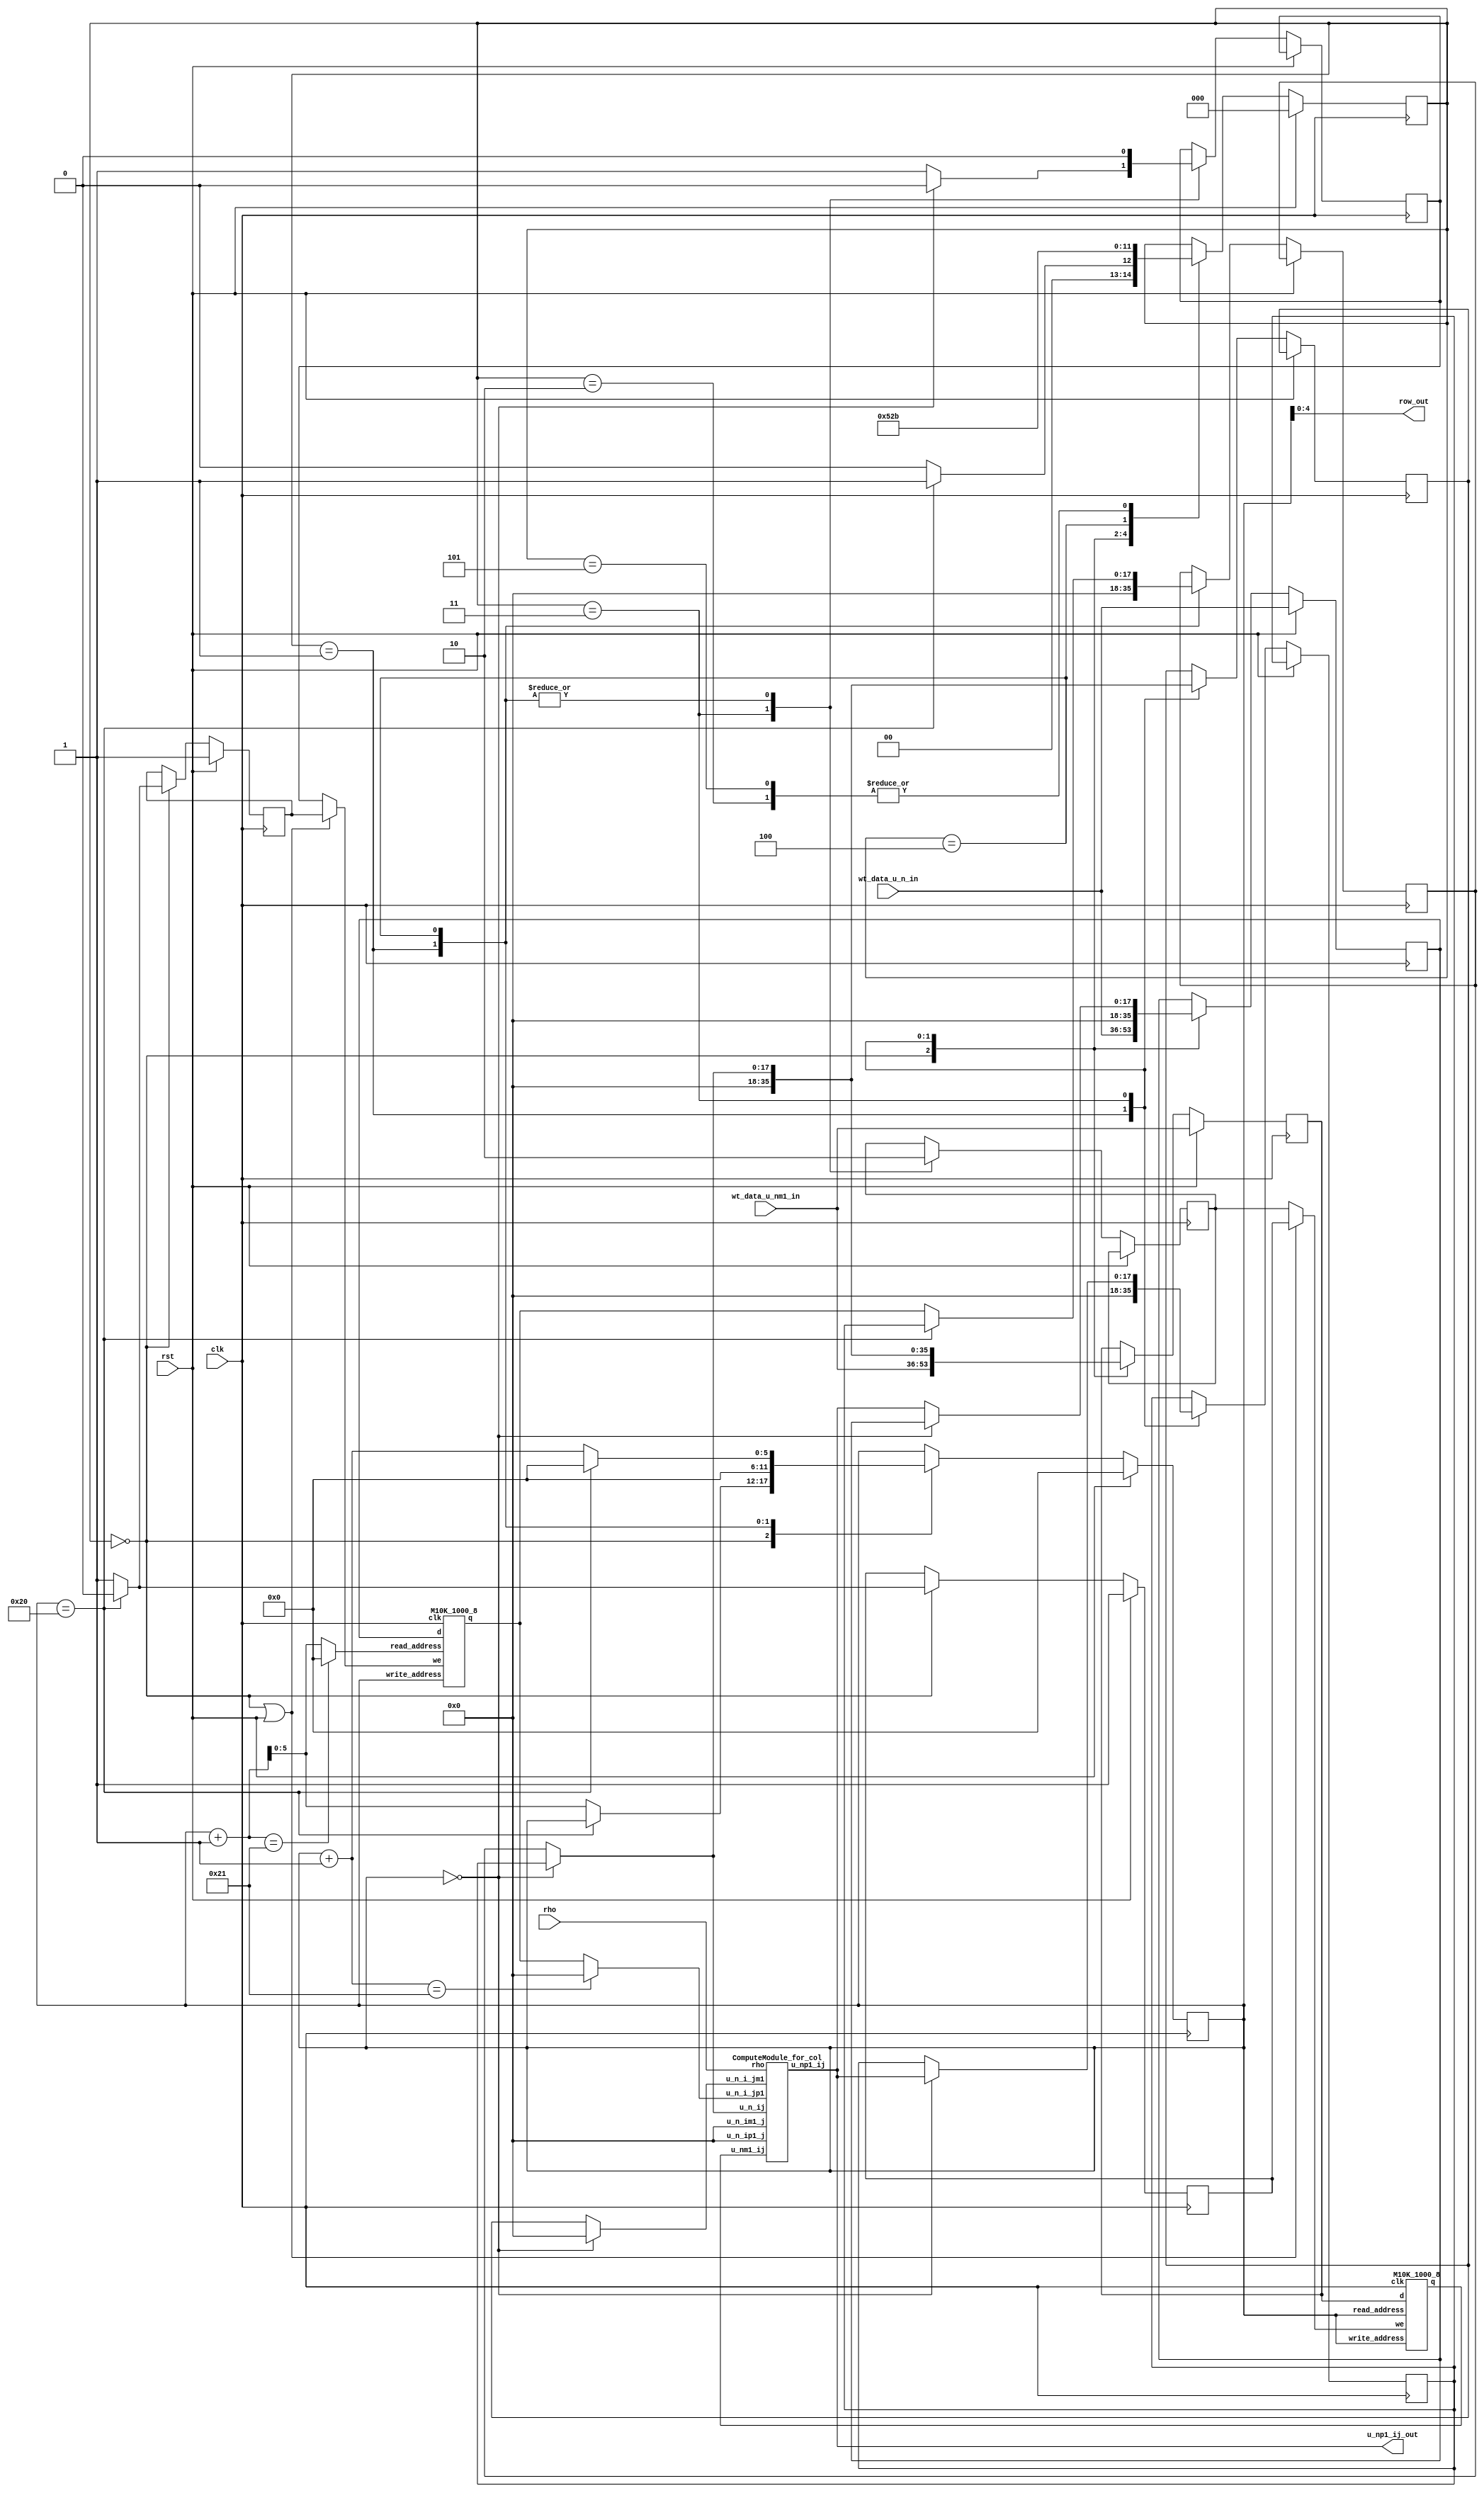
module column_simulation(
    clk,
    rst,

     row_out,
     wt_data_u_n_in,
     wt_data_u_nm1_in,
    rho,
    u_np1_ij_out
);
    input clk;
    input rst;
    input [17:0] rho;
    output [4:0] row_out;
    input signed [17:0] wt_data_u_n_in;
    input signed [17:0] wt_data_u_nm1_in;
    output signed [17:0] u_np1_ij_out;
    parameter [5:0] NUM_ROW = 6'd33;
   
    wire signed [17:0] u_np1_ij;
    wire signed [17:0] u_nm1_ij;
    wire signed [17:0] u_n_ijp1;

    reg [5:0] row; //we only have one column right so we traverse the rows
    reg signed [17:0] wt_data_u_n;
    reg signed [17:0] wt_data_u_nm1;
    reg signed [17:0] in_wt_data_u_n;
    reg signed [17:0] in_wt_data_u_nm1;
    reg signed [17:0] u_n_bot;
    reg signed [17:0] u_n_ij;
    reg signed [17:0] u_n_ijm1;
    reg we_un;
    reg we_unm1;

    assign row_out = row;
    //assign the output amplitude
    assign u_np1_ij_out = u_np1_ij;

    //implementation of the ComputeModule
    wire signed [17:0] input_u_n_ij;
    wire signed [17:0] input_u_n_i_jm1;
    wire signed [17:0] input_u_n_i_jp1;

    assign input_u_n_ij    [17:0] = (row == 18'b0)          ? u_n_bot : u_n_ij;
    assign input_u_n_i_jm1 [17:0] = (row == 18'b0)          ? 18'b0   : u_n_ijm1;
    assign input_u_n_i_jp1 [17:0] = (row + 6'b1 == NUM_ROW) ? 18'b0   : u_n_ijp1;
    

    ComputeModule_for_col compute_start (.u_n_ij(input_u_n_ij), 
                                         .u_nm1_ij(u_nm1_ij), 
                                         .u_n_im1_j(18'b0), 
                                         .u_n_i_jm1(input_u_n_i_jm1), 
                                         .u_n_ip1_j(18'b0), 
                                         .u_n_i_jp1(input_u_n_i_jp1), 
                                         .rho(rho),
                                         .u_np1_ij(u_np1_ij)  
                                         );

    //implementation of the FSM
    parameter [2:0] INITIAL_MEM = 3'b000;
    parameter [2:0] INITIAL     = 3'b001;
    parameter [2:0] WAIT        = 3'b010;
    parameter [2:0] WRITE       = 3'b011;
    parameter [2:0] SHIFT       = 3'b100;
    parameter [2:0] WAIT_2      = 3'b101;

    //instantiation of the memory blocks
    wire[5:0] rd_addr;
    reg ini_we_un;
    reg ini_we_unm1;
    assign rd_addr = (row+1 == NUM_ROW) ? 5'b0 : row + 1;
    
    reg [2:0] state;
    wire input_we_un;
    wire input_we_unm1;
    
    //choose write enable signal between the initialization phase and process phase
    assign input_we_un   = (state == INITIAL_MEM || rst == 1)?ini_we_un   : we_un;
    assign input_we_unm1 = (state == INITIAL_MEM || rst == 1)?ini_we_unm1 : we_unm1;

    M10K_1000_8 un (.q(u_n_ijp1),
                    .d(in_wt_data_u_n),
                    .write_address(row),
                    .read_address(rd_addr), //read the next one
                    .we(input_we_un),
                    .clk(clk)
                    );

    M10K_1000_8 un_1 (.q(u_nm1_ij),
                      .d(in_wt_data_u_nm1),
                      .write_address(row),
                      .read_address(row), //read the current one
                      .we(input_we_unm1),
                      .clk(clk)
                      );

    always@(posedge clk)begin
        if(rst)begin
            state <= INITIAL_MEM;
            row <= 0;
            in_wt_data_u_n <= wt_data_u_n_in;
            in_wt_data_u_nm1 <= wt_data_u_nm1_in;
            ini_we_un <= 1;
            ini_we_unm1 <= 1;
        end else begin
            case(state)
                INITIAL_MEM:begin
                    row <= (row == NUM_ROW - 1)? row : row + 1;
                    in_wt_data_u_n <= wt_data_u_n_in;
                    in_wt_data_u_nm1 <= wt_data_u_nm1_in;
                    ini_we_un <= (row == NUM_ROW - 1)? 0: 1;
                    ini_we_unm1 <= (row == NUM_ROW - 1)? 0: 1;
                    state <= (row == NUM_ROW - 1) ? INITIAL:INITIAL_MEM;
                end
                INITIAL:begin
                    //reset to the row 0
                    row           <= 0;
                    in_wt_data_u_n   <= 18'b0;
                    in_wt_data_u_nm1 <= 18'b0;
                    u_n_bot       <= 18'b0;
                    u_n_ij        <= 18'b0;
                    u_n_ijm1      <= 18'b0;
                    we_un         <= 0;
                    we_unm1       <= 0;
                    state         <= WAIT;
                end
                WAIT:begin
                    //waiting for the data read from the memory block
                    state <= WRITE;
                end
                WRITE:begin
                    //start writing to memory
                    //                               row 0  :  midlle rows and top row
                    in_wt_data_u_n   <= (row == 6'b0) ? in_wt_data_u_n : u_np1_ij ;
                    in_wt_data_u_nm1 <= (row == 6'b0) ? u_n_bot : u_n_ij;
                    u_n_ijm1      <= (row == 6'b0) ? u_n_bot : u_n_ij;
                    u_n_bot       <= (row == 6'b0) ? u_np1_ij: u_n_bot;
                    we_unm1       <= 1;
                    we_un         <= (row == 6'b0) ? 0 : 1;
                    state         <= SHIFT;
                end
                SHIFT:begin
                    //updating the un
                    u_n_ij  <= (row == NUM_ROW - 6'b1) ? u_n_bot : u_n_ijp1;
                    //reset the rows when reach the top row
                    row     <= (row == NUM_ROW - 6'b1) ? 6'b0 : row + 6'b1;
                    we_un   <= 0;
                    we_unm1 <= 0;
                    //start another traversal
                    state <= WAIT_2;
                end
                 WAIT_2:begin
                    //waiting for the data read from the memory block
                    state <= WRITE;
                end
            endcase
        end
    end

    // //Look-Up Table for the initialization of the memory blocks
    // always@(*)begin
    //     case(row)
    //         5'd0:begin
    //                     wt_data_u_n <= 18'b0_0_0000_0000_0000_0000;
    //                     wt_data_u_nm1 <= 18'b0_0_0000_0000_0000_0000;
    //                 end
    //         5'd1:begin
    //                     wt_data_u_n <= 18'b0_0_0000_0100_0000_0000;
    //                     wt_data_u_nm1 <= 18'b0_0_0000_0100_0000_0000;
    //                 end
    //         5'd2:begin
    //                     wt_data_u_n <= 18'b0_0_0000_1000_0000_0000;
    //                     wt_data_u_nm1 <= 18'b0_0_0000_1000_0000_0000;
    //                 end
    //         5'd3:begin
    //                     wt_data_u_n <= 18'b0_0_0000_1100_0000_0000;
    //                     wt_data_u_nm1 <= 18'b0_0_0000_1100_0000_0000;
    //                 end
    //         5'd4:begin
    //                     wt_data_u_n <= 18'b0_0_0001_0000_0000_0000;
    //                     wt_data_u_nm1 <= 18'b0_0_0001_0000_0000_0000;
    //                 end
    //         5'd5:begin
    //                     wt_data_u_n <= 18'b0_0_0001_0100_0000_0000;
    //                     wt_data_u_nm1 <= 18'b0_0_0001_0100_0000_0000;
    //                 end
    //         5'd6:begin
    //                     wt_data_u_n <= 18'b0_0_0001_1000_0000_0000;
    //                     wt_data_u_nm1 <= 18'b0_0_0001_1000_0000_0000;
    //                 end
    //         5'd7:begin
    //                     wt_data_u_n <= 18'b0_0_0001_1100_0000_0000;
    //                     wt_data_u_nm1 <= 18'b0_0_0001_1100_0000_0000;
    //                 end
    //         5'd8:begin
    //                     wt_data_u_n <= 18'b0_0_0010_0000_0000_0000;
    //                     wt_data_u_nm1 <= 18'b0_0_0010_0000_0000_0000;
    //                 end
    //         5'd9:begin
    //                     wt_data_u_n <= 18'b0_0_0010_0100_0000_0000;
    //                     wt_data_u_nm1 <= 18'b0_0_0010_0100_0000_0000;
    //                 end
    //         5'd10:begin
    //                     wt_data_u_n <= 18'b0_0_0010_1000_0000_0000;
    //                     wt_data_u_nm1 <= 18'b0_0_0010_1000_0000_0000;
    //                 end
    //         5'd11:begin
    //                     wt_data_u_n <= 18'b0_0_0010_1100_0000_0000;
    //                     wt_data_u_nm1 <= 18'b0_0_0010_1100_0000_0000;
    //                 end
    //         5'd12:begin
    //                     wt_data_u_n <= 18'b0_0_0011_0000_0000_0000;
    //                     wt_data_u_nm1 <= 18'b0_0_0011_0000_0000_0000;
    //                 end
    //         5'd13:begin
    //                     wt_data_u_n <= 18'b0_0_0011_0100_0000_0000;
    //                     wt_data_u_nm1 <= 18'b0_0_0011_0100_0000_0000;
    //                 end
    //         5'd14:begin
    //                     wt_data_u_n <= 18'b0_0_0011_1000_0000_0000;
    //                     wt_data_u_nm1 <= 18'b0_0_0011_1000_0000_0000;
    //                 end
    //         5'd15:begin
    //                     wt_data_u_n <= 18'b0_0_0011_1100_0000_0000;
    //                     wt_data_u_nm1 <= 18'b0_0_0011_1100_0000_0000;
    //                 end
    //         5'd16:begin
    //                     wt_data_u_n <= 18'b0_0_0100_0000_0000_0000;
    //                     wt_data_u_nm1 <= 18'b0_0_0100_0000_0000_0000;
    //                 end
    //         5'd17:begin
    //                     wt_data_u_n <= 18'b0_0_0011_1100_0000_0000;
    //                     wt_data_u_nm1 <= 18'b0_0_0011_1100_0000_0000;
    //                 end
    //         5'd18:begin
    //                     wt_data_u_n <= 18'b0_0_0011_1000_0000_0000;
    //                     wt_data_u_nm1 <= 18'b0_0_0011_1000_0000_0000;
    //                 end
    //         5'd19:begin
    //                     wt_data_u_n <= 18'b0_0_0011_0100_0000_0000;
    //                     wt_data_u_nm1 <= 18'b0_0_0011_0100_0000_0000;
    //                 end
    //         5'd20:begin
    //                     wt_data_u_n <= 18'b0_0_0011_0000_0000_0000;
    //                     wt_data_u_nm1 <= 18'b0_0_0011_0000_0000_0000;
    //                 end
    //         5'd21:begin
    //                     wt_data_u_n <= 18'b0_0_0010_1100_0000_0000;
    //                     wt_data_u_nm1 <= 18'b0_0_0010_1100_0000_0000;
    //                 end
    //         5'd22:begin
    //                     wt_data_u_n <= 18'b0_0_0010_1000_0000_0000;
    //                     wt_data_u_nm1 <= 18'b0_0_0010_1000_0000_0000;
    //                 end
    //         5'd23:begin
    //                     wt_data_u_n <= 18'b0_0_0010_0100_0000_0000;
    //                     wt_data_u_nm1 <= 18'b0_0_0010_0100_0000_0000;
    //                 end
    //         5'd24:begin
    //                     wt_data_u_n <= 18'b0_0_0010_0000_0000_0000;
    //                     wt_data_u_nm1 <= 18'b0_0_0010_0000_0000_0000;
    //                 end
    //         5'd25:begin
    //                     wt_data_u_n <= 18'b0_0_0001_1100_0000_0000;
    //                     wt_data_u_nm1 <= 18'b0_0_0001_1100_0000_0000;
    //                 end
    //         5'd26:begin
    //                     wt_data_u_n <= 18'b0_0_0001_1000_0000_0000;
    //                     wt_data_u_nm1 <= 18'b0_0_0001_1000_0000_0000;
    //                 end
    //         5'd27:begin
    //                     wt_data_u_n <= 18'b0_0_0001_0100_0000_0000;
    //                     wt_data_u_nm1 <= 18'b0_0_0001_0100_0000_0000;
    //                 end
    //         5'd28:begin
    //                     wt_data_u_n <= 18'b0_0_0001_0000_0000_0000;
    //                     wt_data_u_nm1 <= 18'b0_0_0001_0000_0000_0000;
    //                 end
    //         5'd29:begin
    //                     wt_data_u_n <= 18'b0_0_0000_1100_0000_0000;
    //                     wt_data_u_nm1 <= 18'b0_0_0000_1100_0000_0000;
    //                 end
    //         5'd30:begin
    //                     wt_data_u_n <= 18'b0_0_0000_1000_0000_0000;
    //                     wt_data_u_nm1 <= 18'b0_0_0000_1000_0000_0000;
    //                 end
    //         5'd31:begin
    //                     wt_data_u_n <= 18'b0_0_0000_0100_0000_0000;
    //                     wt_data_u_nm1 <= 18'b0_0_0000_0100_0000_0000;
    //                 end
    //         5'd32:begin
    //                     wt_data_u_n <= 18'b0_0_0000_0000_0000_0000;
    //                     wt_data_u_nm1 <= 18'b0_0_0000_0000_0000_0000;
    //                 end
    //         default:begin
    //             wt_data_u_n <= 18'b0_0_0000_0000_0000_0000;
    //             wt_data_u_nm1 <= 18'b0_0_0000_0000_0000_0000;
    //         end
    //     endcase
    // end


  
endmodule

module ComputeModule_for_col(
    u_n_ij, 
    u_nm1_ij, 
    u_n_im1_j, 
    u_n_i_jm1, 
    u_n_ip1_j, 
    u_n_i_jp1, 
    rho,
    u_np1_ij  
);

    input signed [17:0] u_n_ij;
    input signed [17:0] u_nm1_ij;
    input signed [17:0] u_n_im1_j; 
    input signed [17:0] u_n_i_jm1; 
    input signed [17:0] u_n_i_jp1; 
    input signed [17:0] u_n_ip1_j;  // Assuming 1.17 fixed 
    input [17:0] rho;
    output signed [17:0] u_np1_ij;  

    parameter ng_dt_2 = 18'b0_0_0000_0000_1000_0000; //2^(-10)

    wire [17:0] alpha;
    assign alpha = 18'b1_0_0000_0000_0000_0000 - ng_dt_2;   // 1 - (ng*dt)/2

    wire signed  [17:0] tmp1, tmp3;
    wire signed [17:0] rho_tmp1;
    wire signed [17:0] al_nm1ij;
    wire signed [17:0] al_tmp3;
   // reg signed  [17:0] un, un_1;

    assign tmp1 = (u_n_ip1_j - u_n_ij) + (u_n_im1_j - u_n_ij) + (u_n_i_jp1 - u_n_ij) + (u_n_i_jm1 - u_n_ij);
    assign tmp3 = (u_n_ij <<1) + rho_tmp1 - al_nm1ij;
    assign u_np1_ij = al_tmp3;

    //implementing the fix-point multiplier
    signed_mult mul_1 (.out(rho_tmp1), 
                       .a(rho),
                       .b(tmp1)
                       );

    signed_mult mul_2 (.out(al_nm1ij), 
                       .a(alpha),
                       .b(u_nm1_ij)
                       );
     
    signed_mult mul_3 (.out(al_tmp3),
                       .a(alpha),
                       .b(tmp3)
                       );

endmodule

//////////////////////////////////////////////////
//// signed mult of 1.17 format 2'comp////////////
//////////////////////////////////////////////////
module signed_mult (out, a, b);
	output 	signed  [17:0]	out;
	input 	signed	[17:0] 	a;
	input 	signed	[17:0] 	b;
	// intermediate full bit length
	wire 	signed	[35:0]	mult_out;
	assign mult_out = a * b;
	// select bits for 7.20 fixed point
	assign out = {mult_out[35], mult_out[33:17]};
endmodule

//============================================================
// M10K module for testing
//============================================================
// See example 12-16 in 
// http://people.ece.cornell.edu/land/courses/ece5760/DE1_SOC/HDL_style_qts_qii51007.pdf
//============================================================
module M10K_1000_8( 
    output reg signed [17:0] q,
    input signed      [17:0] d,
    input [5:0] write_address, read_address,
    input we, clk
);

    reg signed [17:0] mem [32:0]; /* synthesis ramstyle = "no_rw_check, M10K" */

    always @ (posedge clk) begin
        if (we) begin
            mem[write_address] <= d;
		  end
        q <= mem[read_address]; // q doesn't get d in this clock cycle
    end
endmodule